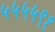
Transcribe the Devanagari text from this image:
५५५५९१